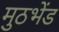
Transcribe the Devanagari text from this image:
मुठभेंड